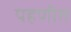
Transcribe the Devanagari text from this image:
पहणीत